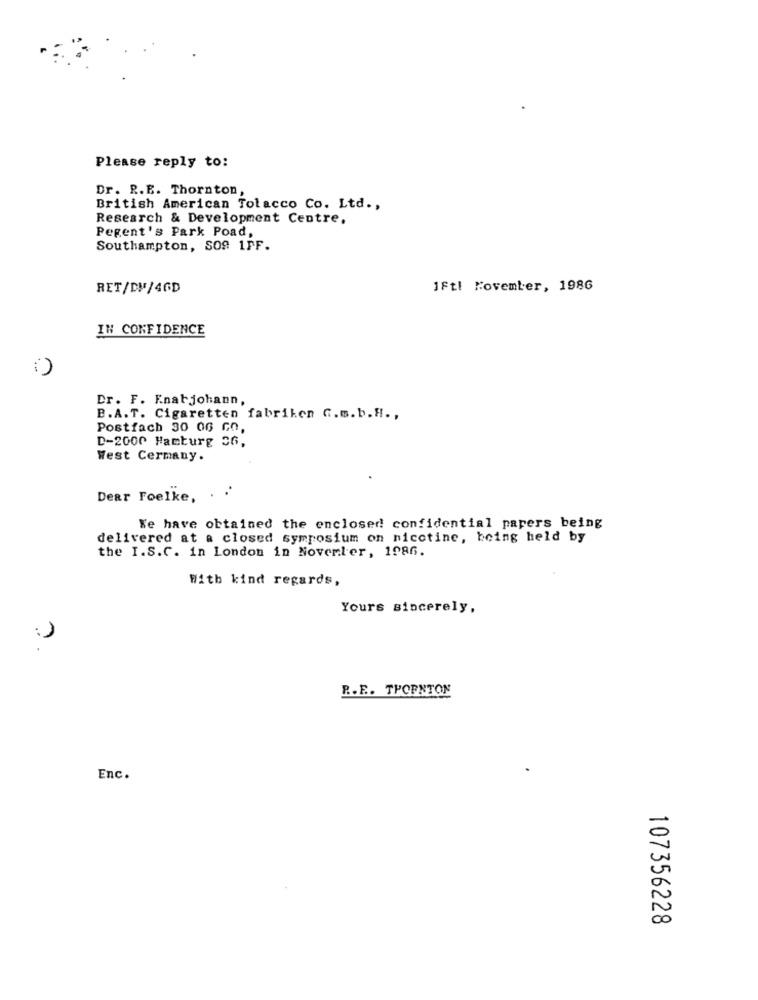
Please reply to:
Dr. R.E. Thornton,
British American Tolacco Co. Ltd .,
Research & Development Centre,
Pegent's Park Poad,
Southampton, SO9 1PF.
RET/DM/46D
IFtl November, 1986
IN CONFIDENCE
()
Dr. F. F.nabjohann,
B.A.T. Cigaretten fabriken G.m.b.H .,
Postfach 30 06 GO,
D-2000 Hamburg 36,
West Cermany.
Dear Foelke, .
We have obtained the enclosed confidential papers being
delivered at a closed symposium on nicotine, being held by
the I.S.C. in London in November, 1986.
With kind regards,
Yours sincerely,
)
R.E .. THORNTON
Enc.
107356228